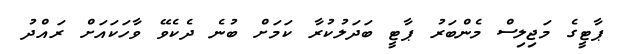
ޕާޓީގެ މަޖިލިސް މެންބަރު ޕާޓީ ބަދަލުކުރާ ކަމަށް ބުނެ ދެކެވޭ ވާހަކައަށް ރައްދު